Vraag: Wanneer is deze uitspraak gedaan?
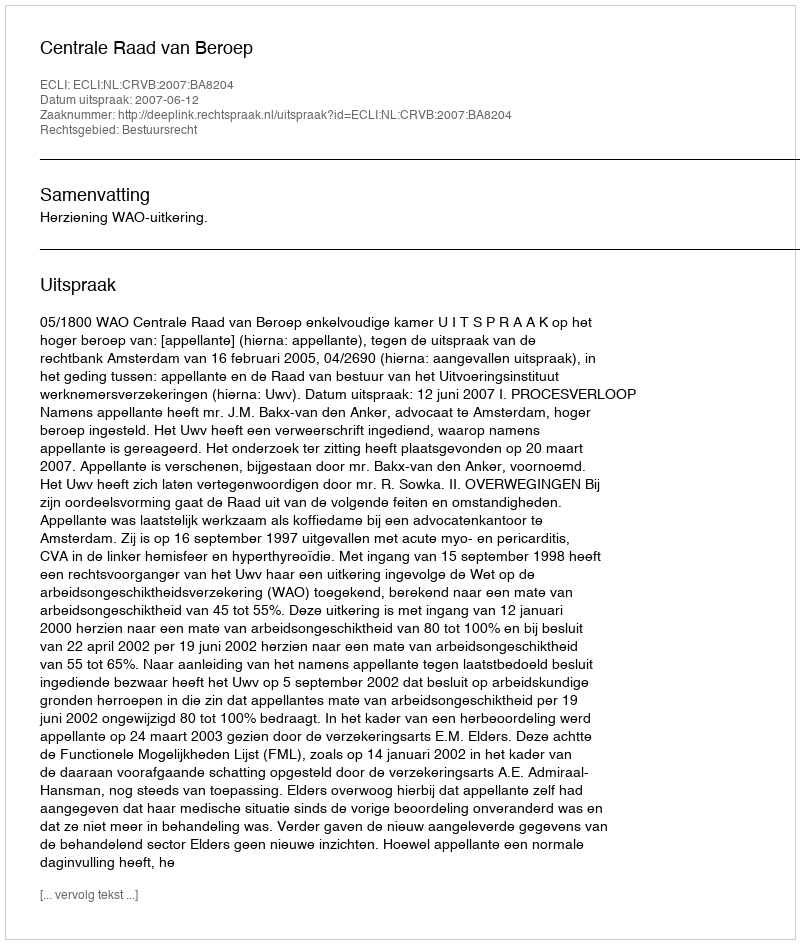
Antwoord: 2007-06-12